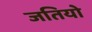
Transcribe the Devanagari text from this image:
जतियो